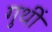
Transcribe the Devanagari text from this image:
गुथीं